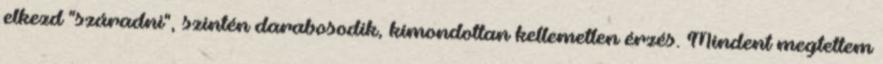
elkezd "száradni", szintén darabosodik, kimondottan kellemetlen érzés. Mindent megtettem